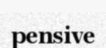
pensive